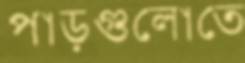
পাড়গুলোতে